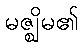
မဇ္ဈိမ၏